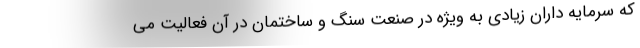
که سرمایه داران زیادی به ویژه در صنعت سنگ و ساختمان در آن فعالیت می